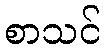
စာသင်